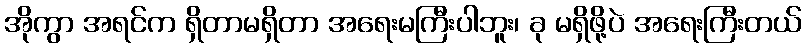
အိုကွာ အရင်က ရှိတာမရှိတာ အရေးမကြီးပါဘူး၊ ခု မရှိဖို့ပဲ အရေးကြီးတယ်